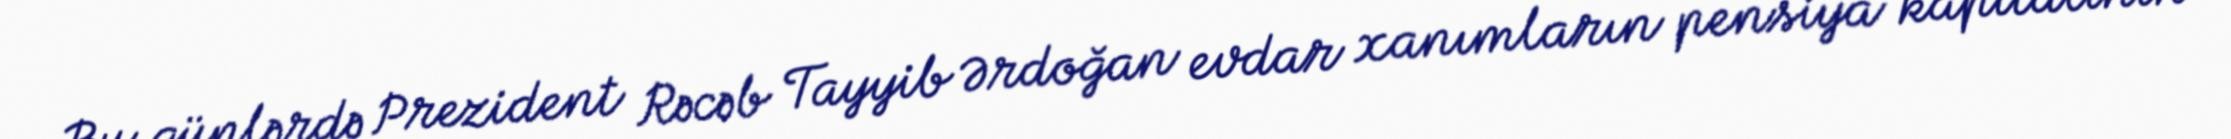
Bu günlərdə Prezident Rəcəb Tayyib Ərdoğan evdar xanımların pensiya kapitalının